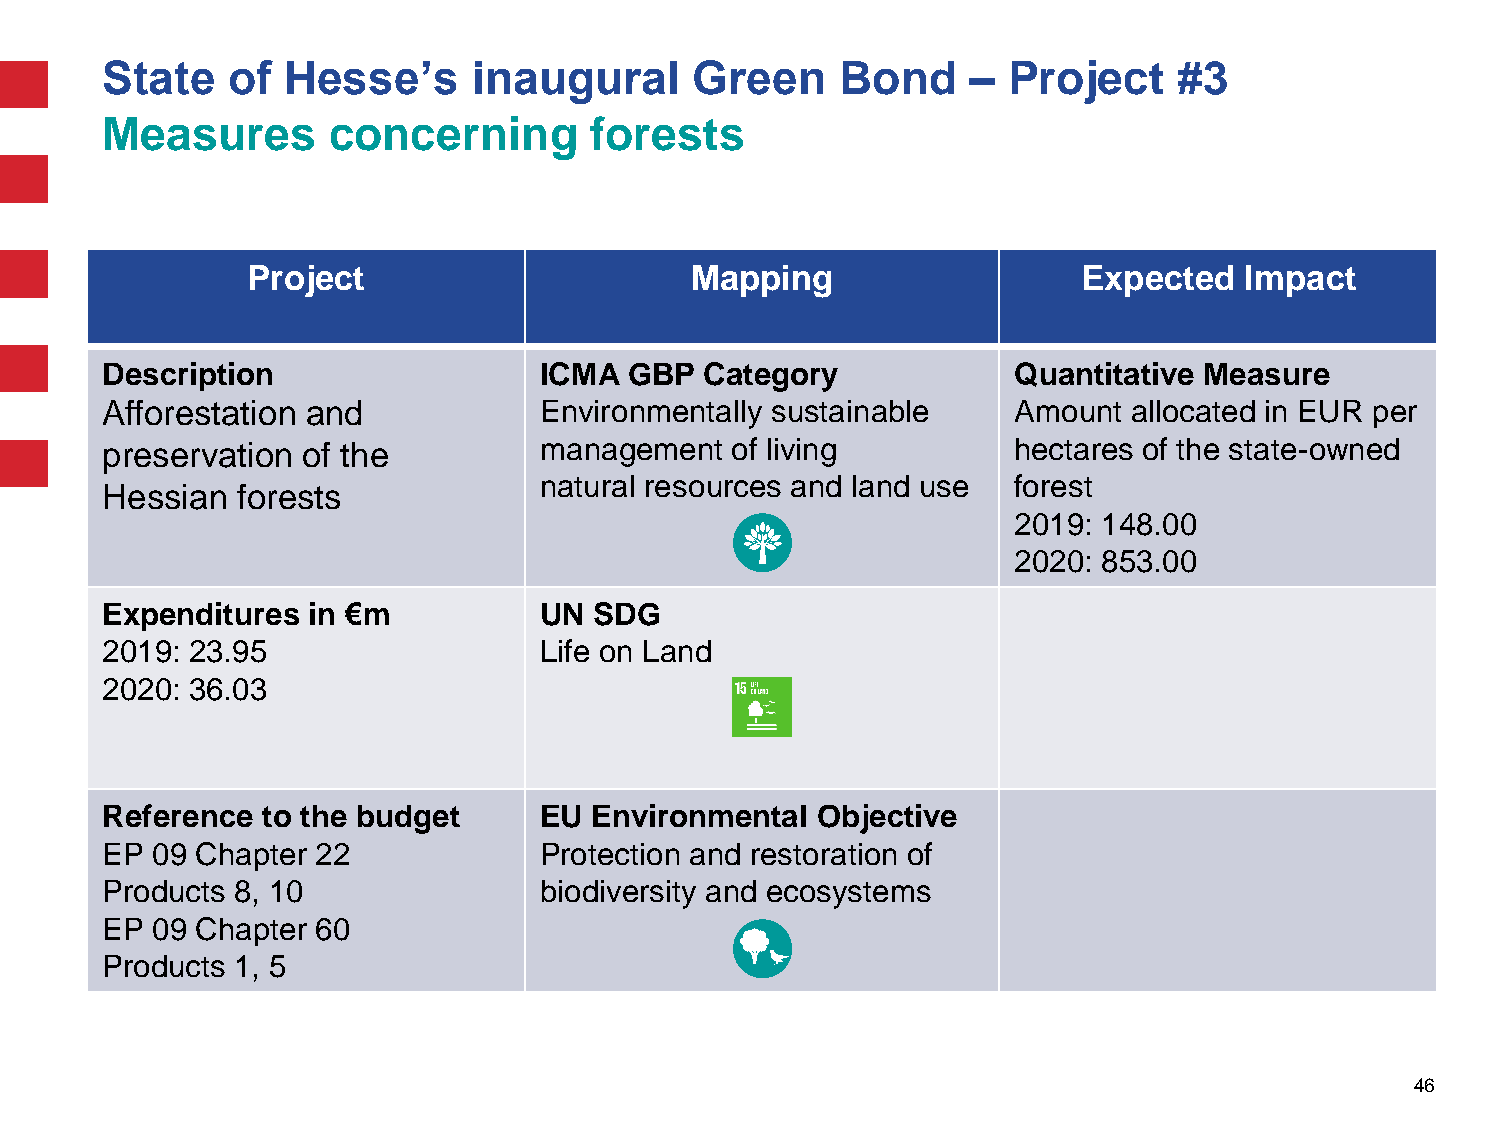
State   of  Hesse’s     inaugural      Green     Bond    –  Project    #3
 Measures       concerning       forests
 Project                       Mapping                   Expected  Impact
 Description                  ICMA  GBP  Category            Quantitative Measure
 Afforestation and            Environmentally sustainable    Amount  allocated in EUR per
 preservation of the          management  of living          hectares of the state-owned
 natural resources and land use forest
 Hessian  forests
 2019: 148.00
 2020: 853.00
 Expenditures in €m           UN SDG
 2019: 23.95                  Life on Land
 2020: 36.03
 Reference to the budget      EU Environmental  Objective
 EP 09 Chapter 22             Protection and restoration of
 Products 8, 10               biodiversity and ecosystems
 EP 09 Chapter 60
 Products 1, 5
 46